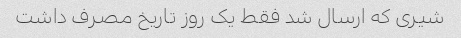
شیری که ارسال شد فقط یک روز تاریخ مصرف داشت